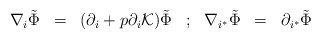
\begin{align*}\begin{array}{ccccccc}\nabla_i \tilde{\Phi}& =&(\partial_i + p \partial_i {\cal K})\tilde{\Phi}& ; &\nabla_{i^*}\tilde{\Phi}&=& \partial_{i^*} \tilde{\Phi}\cr\end{array}\end{align*}